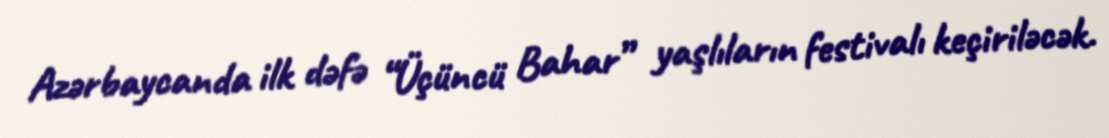
Azərbaycanda ilk dəfə “Üçüncü Bahar” yaşlıların festivalı keçiriləcək.